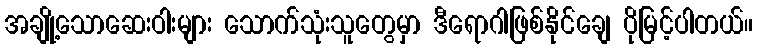
အချို့သောဆေးဝါးများ သောက်သုံးသူတွေမှာ ဒီရောဂါဖြစ်နိုင်ချေ ပိုမြင့်ပါတယ်။